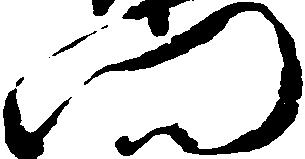
門